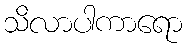
သိလာပါကာရော